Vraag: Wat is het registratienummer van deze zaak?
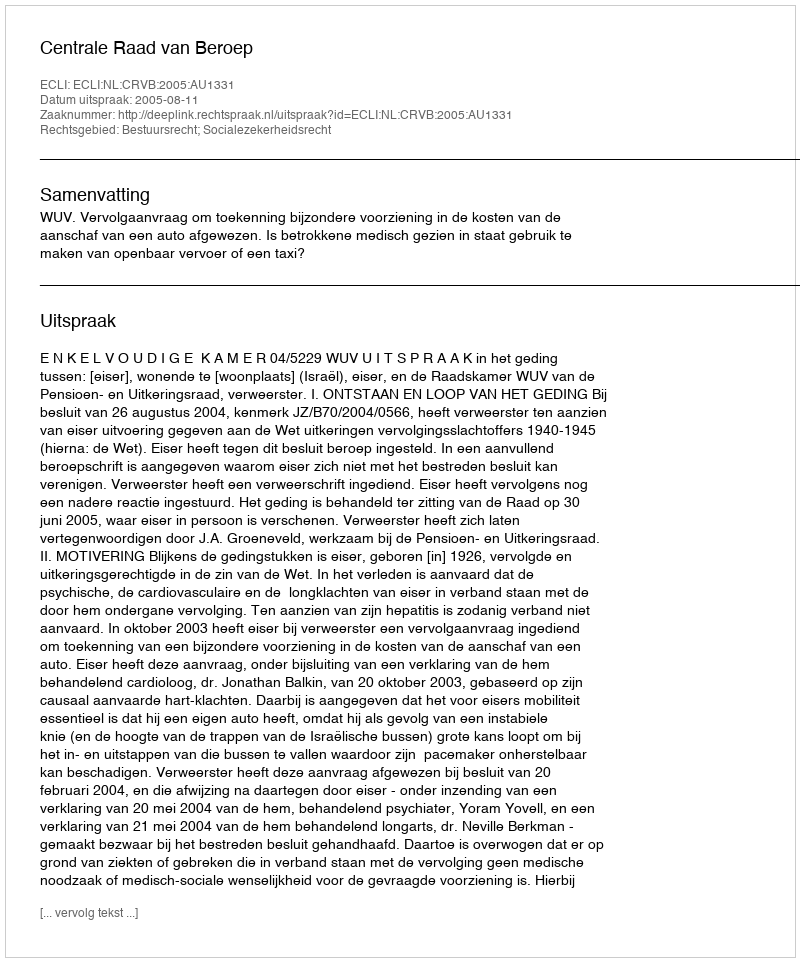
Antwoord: http://deeplink.rechtspraak.nl/uitspraak?id=ECLI:NL:CRVB:2005:AU1331